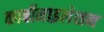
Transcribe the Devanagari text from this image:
कार्बोनाइलेशन